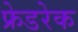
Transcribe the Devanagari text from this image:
फ्रेडरेक